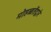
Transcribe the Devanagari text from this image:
मोहब्बतेंद्वारे